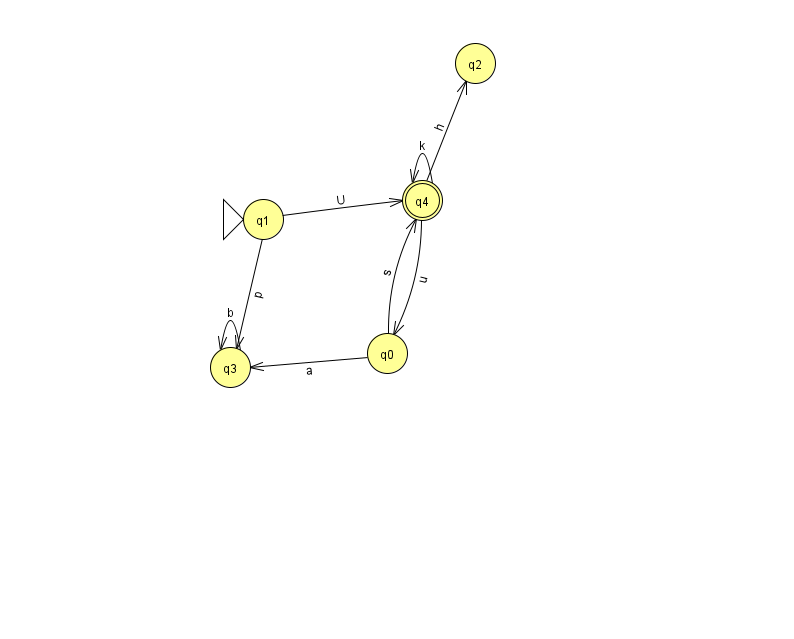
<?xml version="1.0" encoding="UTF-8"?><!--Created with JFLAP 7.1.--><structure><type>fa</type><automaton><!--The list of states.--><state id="0" name="q0"><x>387.0</x><y>340.0</y></state><state id="1" name="q1"><x>263.0</x><y>206.0</y><initial/></state><state id="2" name="q2"><x>475.0</x><y>50.0</y></state><state id="3" name="q3"><x>230.0</x><y>354.0</y></state><state id="4" name="q4"><x>422.0</x><y>187.0</y><final/></state><!--The list of transitions.--><transition><from>1</from><to>3</to><read>p</read></transition><transition><from>3</from><to>3</to><read>b</read></transition><transition><from>4</from><to>2</to><read>h</read></transition><transition><from>1</from><to>4</to><read>U</read></transition><transition><from>0</from><to>4</to><read>s</read></transition><transition><from>0</from><to>3</to><read>a</read></transition><transition><from>4</from><to>4</to><read>k</read></transition><transition><from>4</from><to>0</to><read>u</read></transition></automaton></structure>